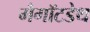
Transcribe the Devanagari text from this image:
मैगॉटडेथ